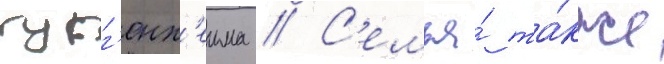
гугг'енх'еима // С'емья́ та́кже